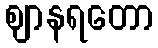
ဈာနရတော